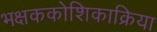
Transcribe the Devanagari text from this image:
भक्षककोशिकाक्रिया